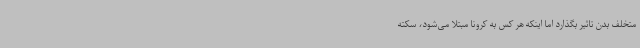
متخلف بدن تاثیر بگذارد اما اینکه هر کس به کرونا مبتلا می‌شود، سکته